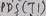
Text: PD6 (T1)